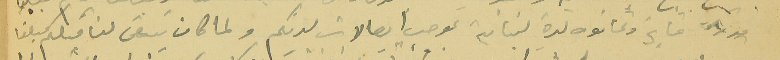
قدره ماية وثمانون ليرة لبنانية بموجب ايصالات لديكم ولما كان يتبقى لنا منكم مبلغا